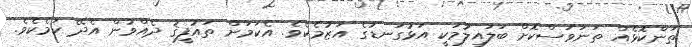
ތަންކޮޅެއް ތަނަވަސްކޮށް ބަލައިލުމަކީ އަޅުގަނޑުގެ އަޒުމެކެވެ. އެކަމަށް ތައުފީޤު ދެއްވުން އެދޭ ކަމެކެވެ.